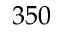
3 5 0